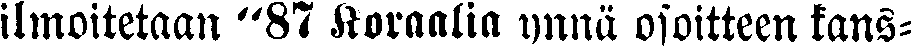
ilmoitetaan "87 Koraalia ynnä osoitteen kans-